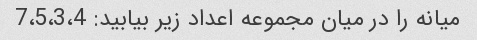
میانه را در میان مجموعه اعداد زیر بیابید: 7،5،3،4